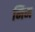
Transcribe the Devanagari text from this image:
मिम